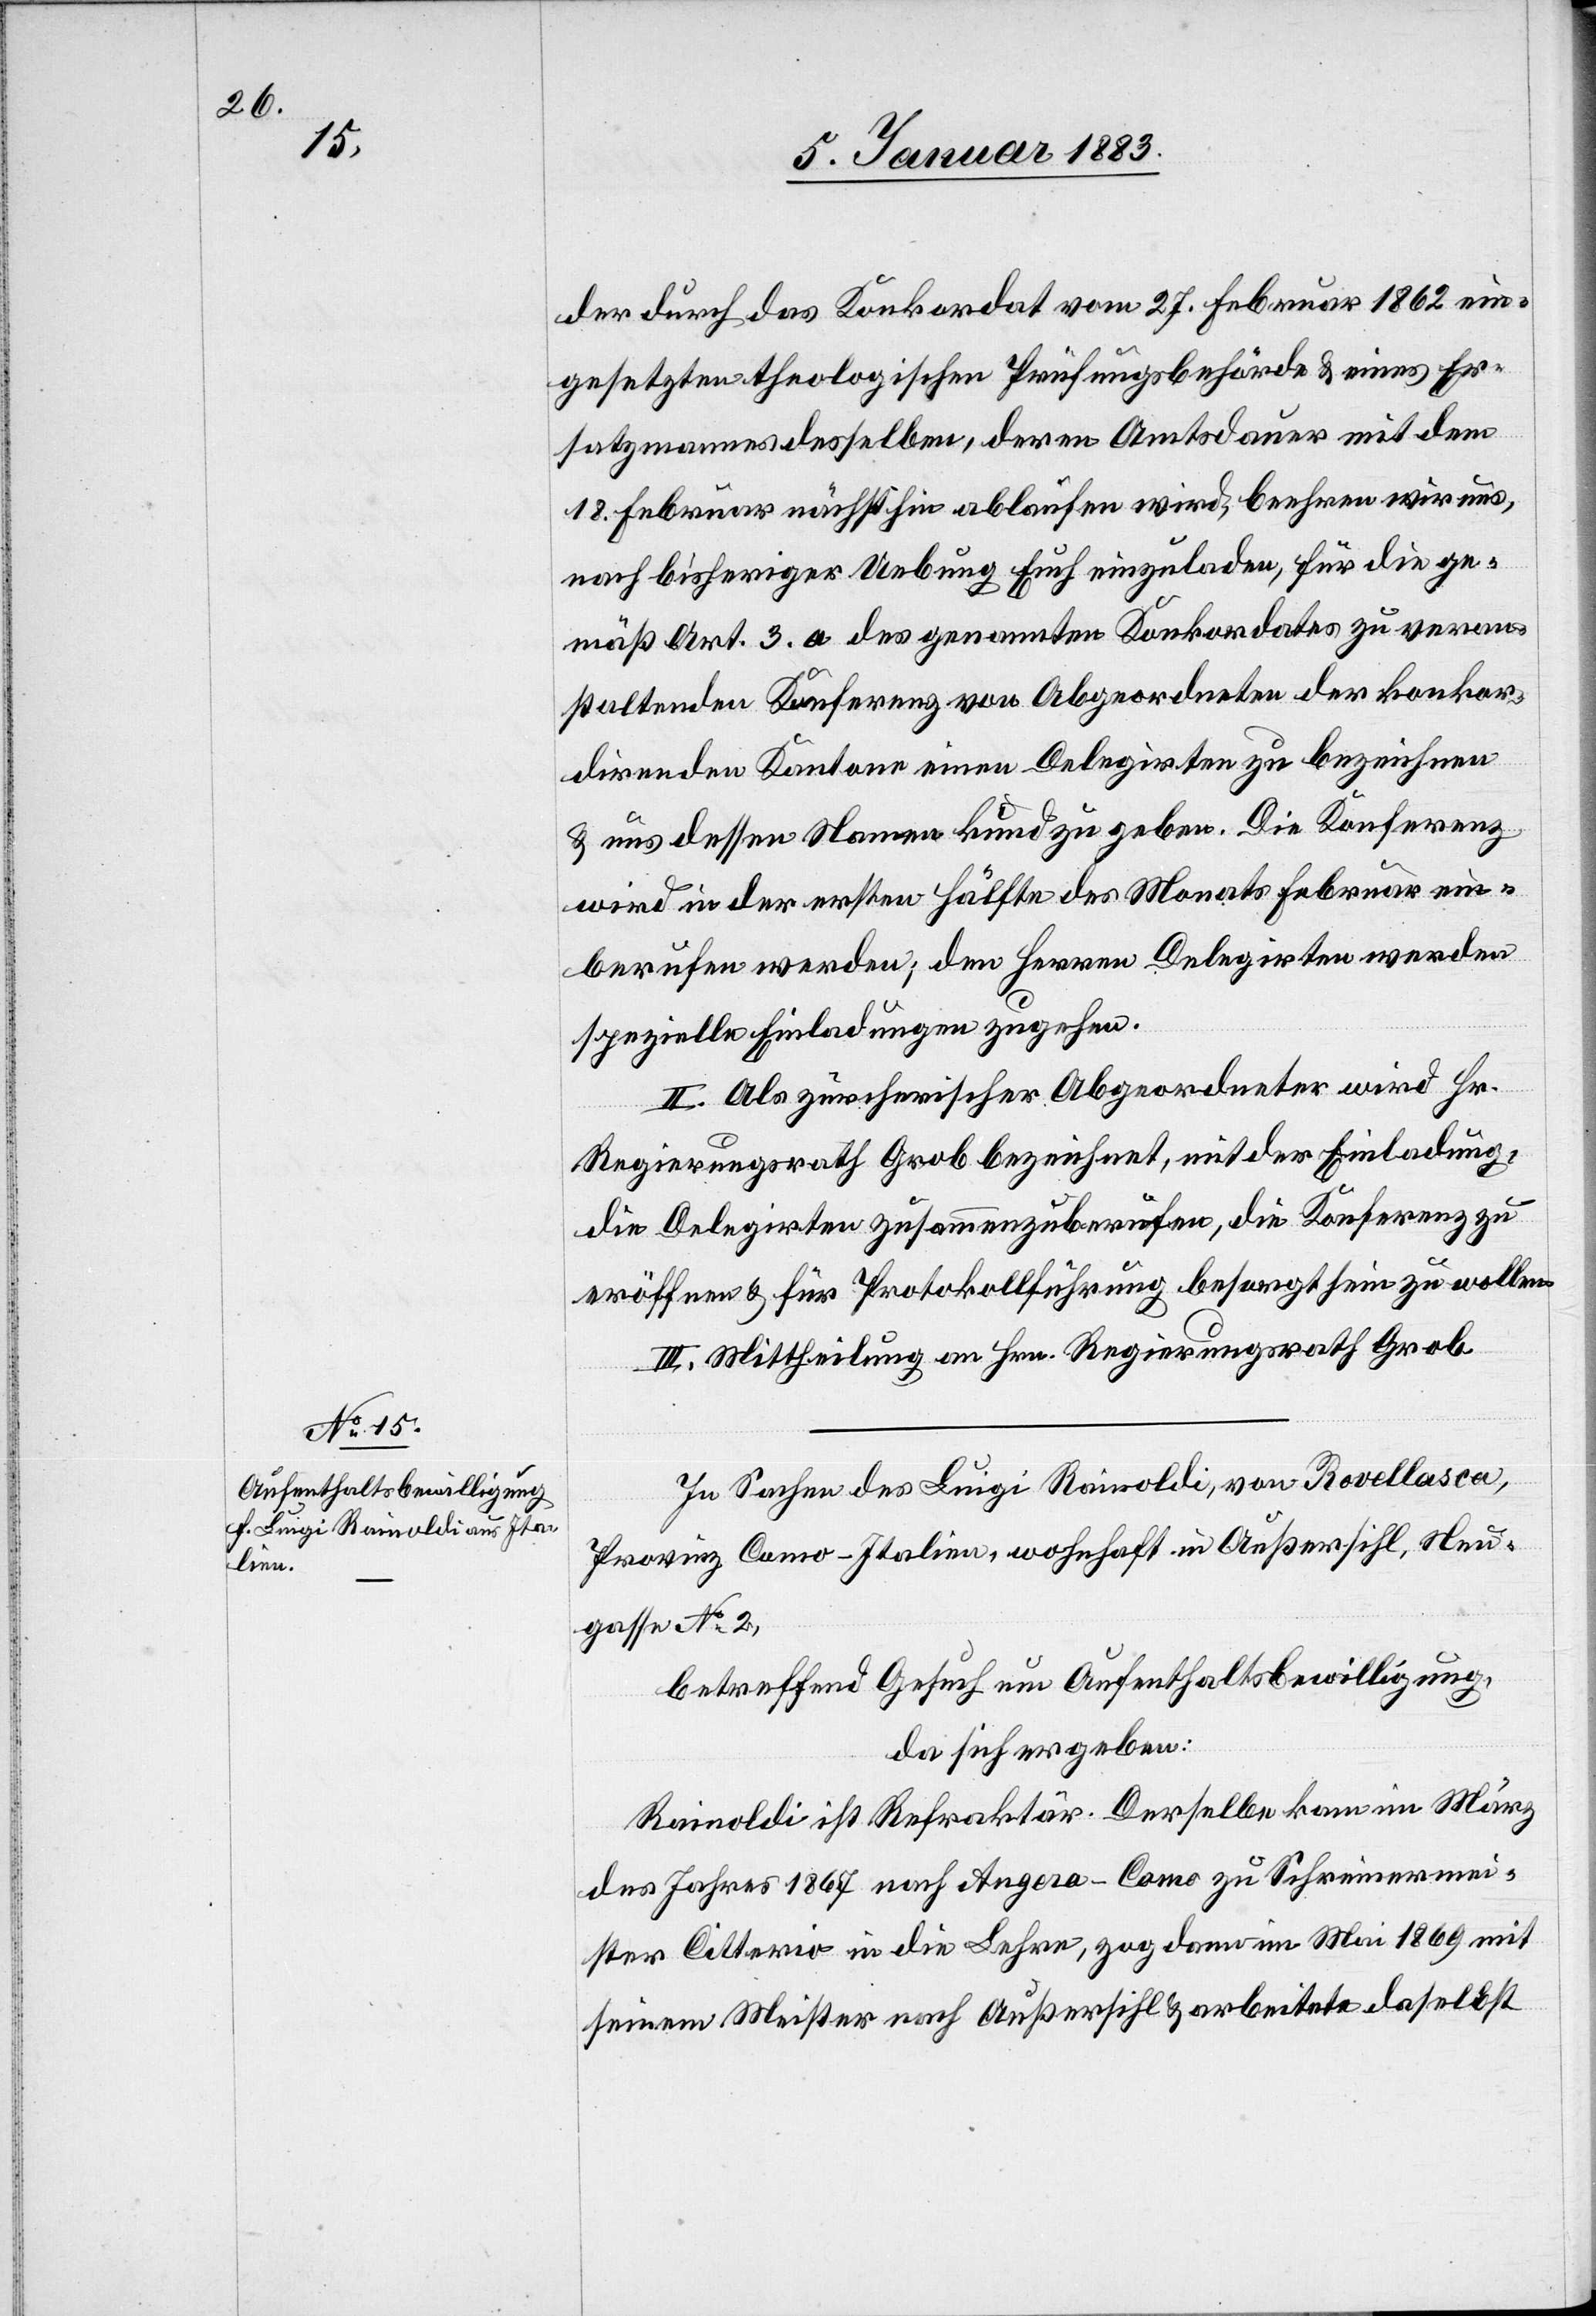
der durch das Konkordat vom 27. Februar 1862 ein¬
gesetzten theologischen Prüfungsbehörde & eines Er¬
satzmannes desselben, deren Amtsdauer mit dem
18. Februar nächsthin ablaufen wird, beehren wir uns,
nach bisheriger Uebung Euch einzuladen, für die ge¬
mäß Art. 3. a des genannten Konkordates zu veran¬
staltenden Konferenz von Abgeordneten der konkor¬
direnden Kantone einen Delegirten zu bezeichnen
& uns dessen Namen kund zu geben. Die Konferenz
wird in der ersten Hälfte des Monats Februar ein¬
berufen werden; den Herren Delegirten werden
spezielle Einladungen zugehen.
II. Als zürcherischer Abgeordneter wird Hr.
Regierungsrath Grob bezeichnet, mit der Einladung,
die Delegirten zusammenzuberufen, die Konferenz zu
eröffnen & für Protokollführung besorgt sein zu wollen.
III. Mittheilung an Hrn. Regierungsrath Grob.
In Sachen des Luigi Rainoldi, von Rovellasca,
Provinz Como - Italien, wohnhaft in Außersihl, Neu¬
gasse No 2,
betreffend Gesuch um Aufenthaltsbewilligung,
da sich ergeben:
Rainoldi ist Refraktär. Derselbe kam im März
des Jahres 1867 nach Angera - Como zu Schreinermei¬
ster Citterio in die Lehre, zog dann im Mai 1869 mit
seinem Meister nach Außersihl & arbeitete daselbst